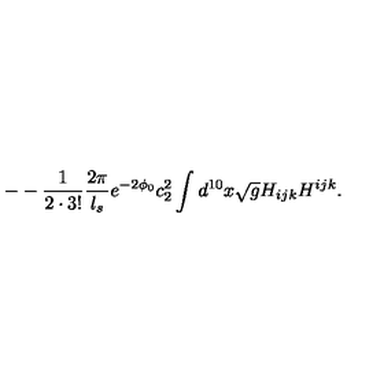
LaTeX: - - \frac { 1 } { 2 \cdot 3 ! } \frac { 2 \pi } { l _ { s } } e ^ { - 2 \phi _ { 0 } } c _ { 2 } ^ { 2 } \int d ^ { 1 0 } x \sqrt { g } H _ { i j k } H ^ { i j k } .